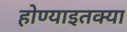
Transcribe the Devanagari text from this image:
होण्याइतक्या